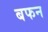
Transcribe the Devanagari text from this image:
बफन